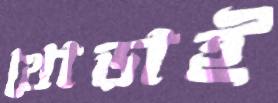
থোড়াই